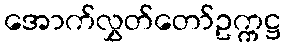
အောက်လွှတ်တော်ဥက္ကဋ္ဌ